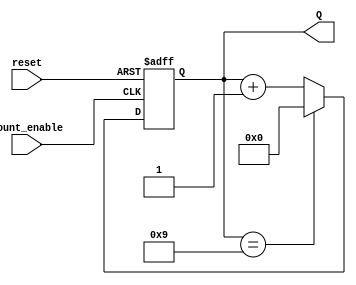
module bcd_async_counter (
    input wire count_enable, // Input trigger for counting
    input wire reset,        // Active high reset signal
    output reg [3:0] Q       // 4-bit output for the BCD count
);

    // Asynchronous reset and counting logic
    always @(posedge count_enable or posedge reset) begin
        if (reset) begin
            Q <= 4'b0000; // Reset the counter to 0
        end else if (Q == 4'b1001) begin
            Q <= 4'b0000; // Reset to 0 after reaching 9
        end else begin
            Q <= Q + 1; // Increment the count
        end
    end

endmodule